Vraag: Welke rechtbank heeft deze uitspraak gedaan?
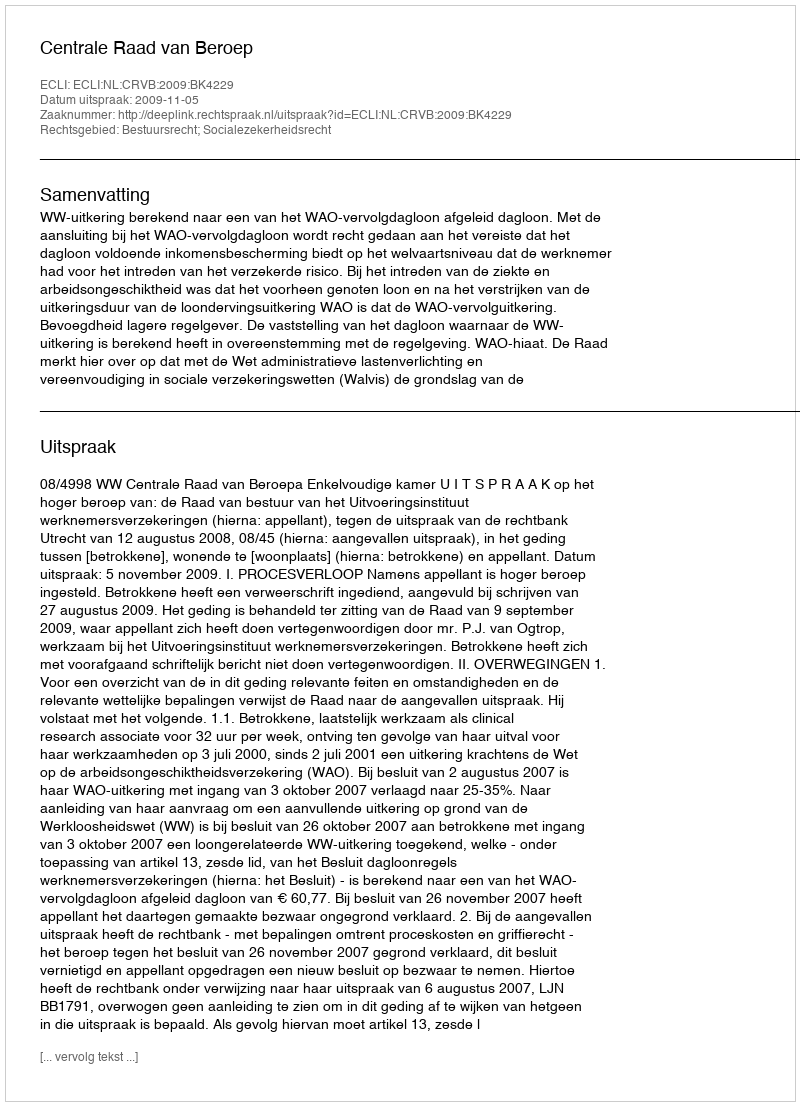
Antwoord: Centrale Raad van Beroep